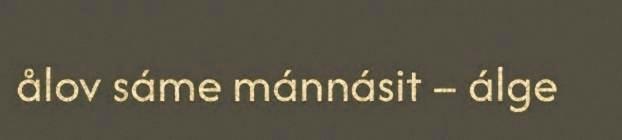
ålov sáme mánnásit – álge